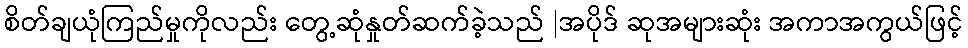
စိတ်ချယုံကြည်မှုကိုလည်း တွေ့ဆုံနှုတ်ဆက်ခဲ့သည် |အပိုဒ် ဆုအများဆုံး အကာအကွယ်ဖြင့်